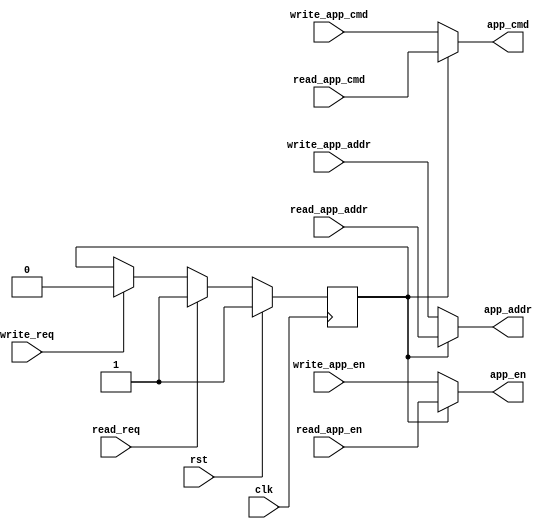
module ddr3_dma_mux
(
  clk,
  rst,

  write_req,
  write_app_cmd,
  write_app_addr,
  write_app_en,

  read_req,
  read_app_cmd,
  read_app_addr,
  read_app_en, 

  app_cmd,
  app_addr,
  app_en
);

input               clk;
input               rst;

input               write_req;
input   [2:0]       write_app_cmd;
input   [29:0]      write_app_addr;
input               write_app_en;

input               read_req;
input   [2:0]       read_app_cmd;
input   [29:0]      read_app_addr;
input               read_app_en;

output  [2:0]       app_cmd;
output  [29:0]      app_addr;
output              app_en;


//  DDR read and write will not happen simultaneously
(*mark_debug = "true"*)reg                 sel;

always @ (posedge clk)
begin
  if(rst)
    sel <= 1'b1;
  else if (read_req)
    sel <= 1'b1;
  else if (write_req)
    sel <= 1'b0;
end

assign app_cmd  = sel ? read_app_cmd : write_app_cmd;
assign app_addr = sel ? read_app_addr : write_app_addr;
assign app_en   = sel ? read_app_en : write_app_en;




endmodule